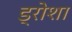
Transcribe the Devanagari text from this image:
ड्रोशा